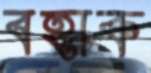
বহাক